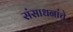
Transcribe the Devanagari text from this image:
संसाधनांचे